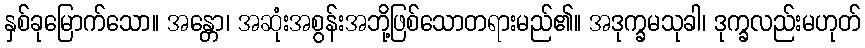
နှစ်ခုမြောက်သော။ အန္တော၊ အဆုံးအစွန်းအဘို့ဖြစ်သောတရားမည်၏။ အဒုက္ခမသုခါ၊ ဒုက္ခလည်းမဟုတ်